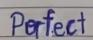
Perfect